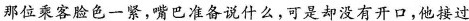
那位乘客脸色一紧，嘴巴准备说什么，可是却没有开口，他接过